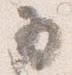
為